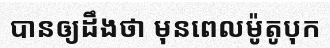
បានឲ្យដឹងថា មុនពេលម៉ូតូបុក